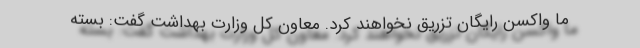
ما واکسن رایگان تزریق نخواهند کرد. معاون کل وزارت بهداشت گفت: بسته